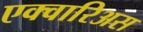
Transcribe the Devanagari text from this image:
एक्वारिअस